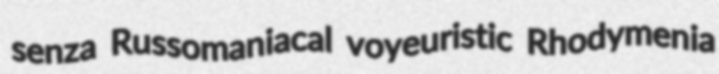
senza Russomaniacal voyeuristic Rhodymenia